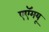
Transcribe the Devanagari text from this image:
एएॅमयू